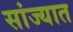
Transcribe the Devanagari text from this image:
सांज्यात